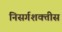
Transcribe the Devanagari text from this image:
निसर्गशक्तीस